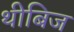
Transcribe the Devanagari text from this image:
थीबिज